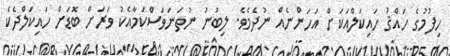
ހިފުމުގެ ހައްޤު ހައިކަލްއަކަށް އަހަންނެއް ނުދެމެވެ. ލިބުނު ނުތަނަވަސްކަމާއެކު ވަރަށް ބޮޑަށް ހައިކަލްދެކެ